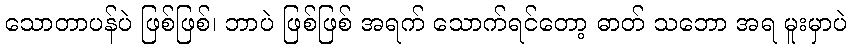
သောတာပန်ပဲ ဖြစ်ဖြစ်၊ ဘာပဲ ဖြစ်ဖြစ် အရက် သောက်ရင်တော့ ဓာတ် သဘော အရ မူးမှာပဲ